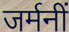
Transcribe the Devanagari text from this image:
जर्मनीं